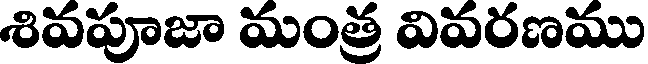
శివపూజా మంత్ర వివరణము